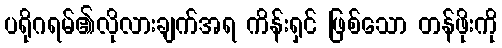
ပရိုဂရမ်၏လိုလားချက်အရ ကိန်းရှင် ဖြစ်သော တန်ဖိုးကို